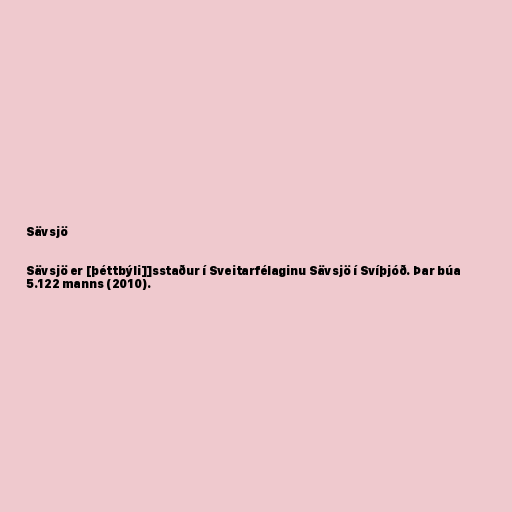
Sävsjö

Sävsjö er [þéttbýli]]sstaður í Sveitarfélaginu Sävsjö í Svíþjóð. Þar búa
5.122 manns (2010).